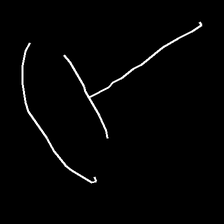
Glyph: dispersion